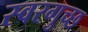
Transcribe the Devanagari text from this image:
स्वरगुच्छ